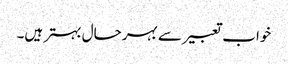
خواب تعبیر سے بہرحال بہتر ہیں۔